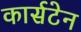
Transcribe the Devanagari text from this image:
कार्सटेन